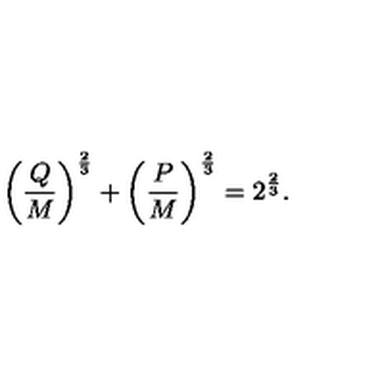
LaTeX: \left( { \frac { Q } { M } } \right) ^ { \frac { 2 } { 3 } } + \left( { \frac { P } { M } } \right) ^ { \frac { 2 } { 3 } } = 2 ^ { \frac { 2 } { 3 } } .